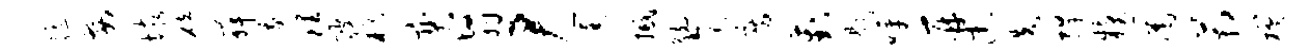
髓安垓碚舞峨理陂朽奕翳尹筐撼觥乞房葑题呼再忠迭捍糗圉箱槎